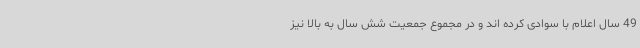
49 سال اعلام با سوادی کرده اند و در مجموع جمعیت شش سال به بالا نیز